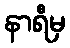
နာရီမှ